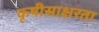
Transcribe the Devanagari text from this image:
कृषीसाक्षरता